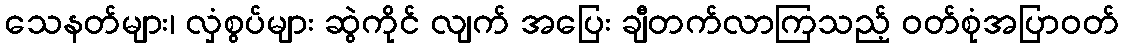
သေနတ်များ၊ လှံစွပ်များ ဆွဲကိုင် လျက် အပြေး ချီတက်လာကြသည့် ဝတ်စုံအပြာဝတ်